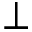
\perp